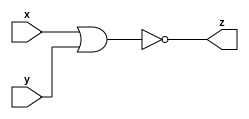
module gac_nor_gate_32 (x, y, z);
  input [31:0] x;
  input [31:0] y;
  output [31:0] z;
  
  assign z = ~(x|y) ;

endmodule